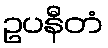
ဥပနီတံ